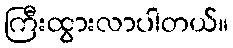
ကြီးထွားလာပါတယ်။